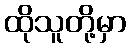
ထိုသူတို့မှာ